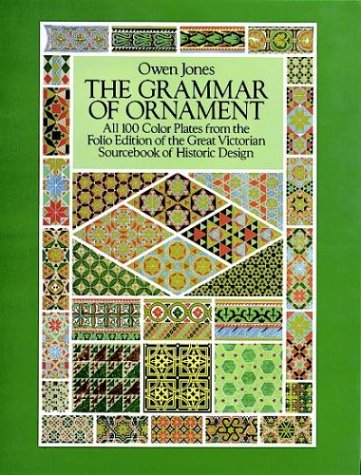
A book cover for The Grammar of Ornament: All 100 Color Plates from the Folio Edition of the Great Victorian Sourcebook of Historic Design (Dover Pictorial Archive Series); Owen Jones; Arts & Photography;